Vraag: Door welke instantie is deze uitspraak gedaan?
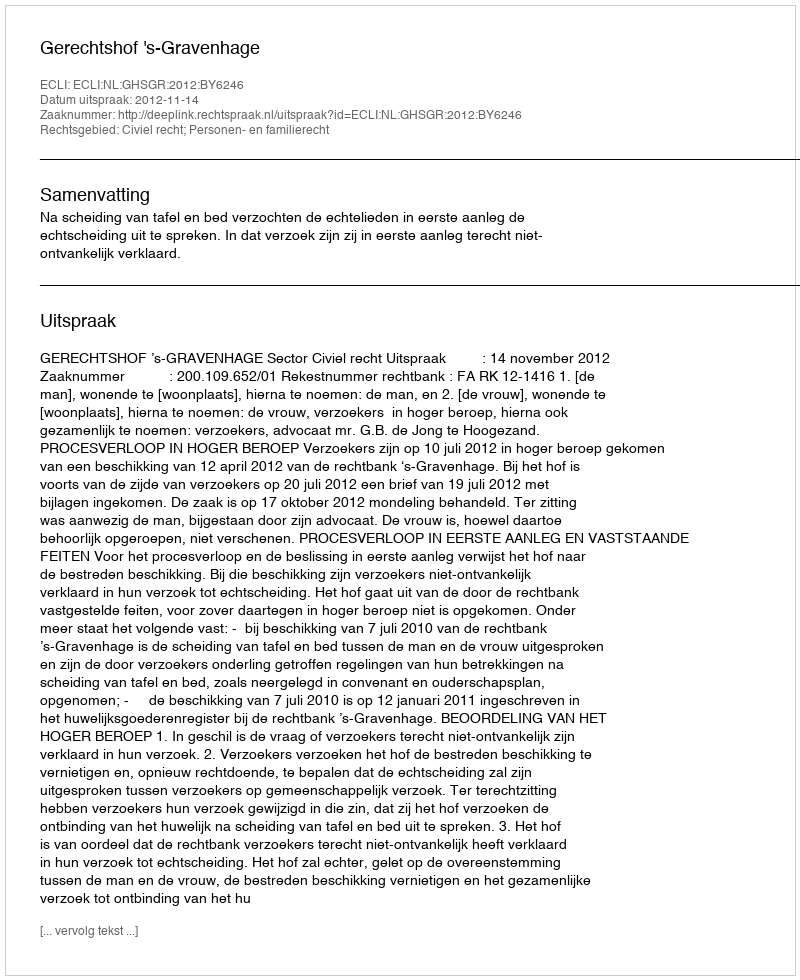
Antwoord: Gerechtshof 's-Gravenhage